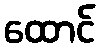
ထောင်